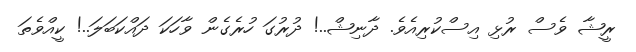
ރީޝާ ވެސް ރުޅި އިސްކުރިއެވެ. ދާނިޝް..! ދުރުގަ ހުރެގެން ވާހަކަ ދައްކަބަލަ..! ކީއްވެތަ